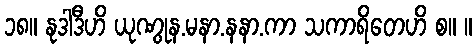
၁၈။ နုဒါဒီဟိ ယုဏွုန.မနာ.နနာ.ကာ သကာရိတေဟိ စ။ ။